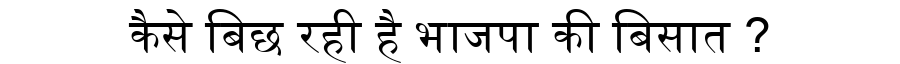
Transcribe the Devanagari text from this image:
कैसे बिछ रही है भाजपा की बिसात ?